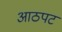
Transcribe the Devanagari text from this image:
आठपट